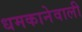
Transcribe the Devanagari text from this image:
धमकानेवाली